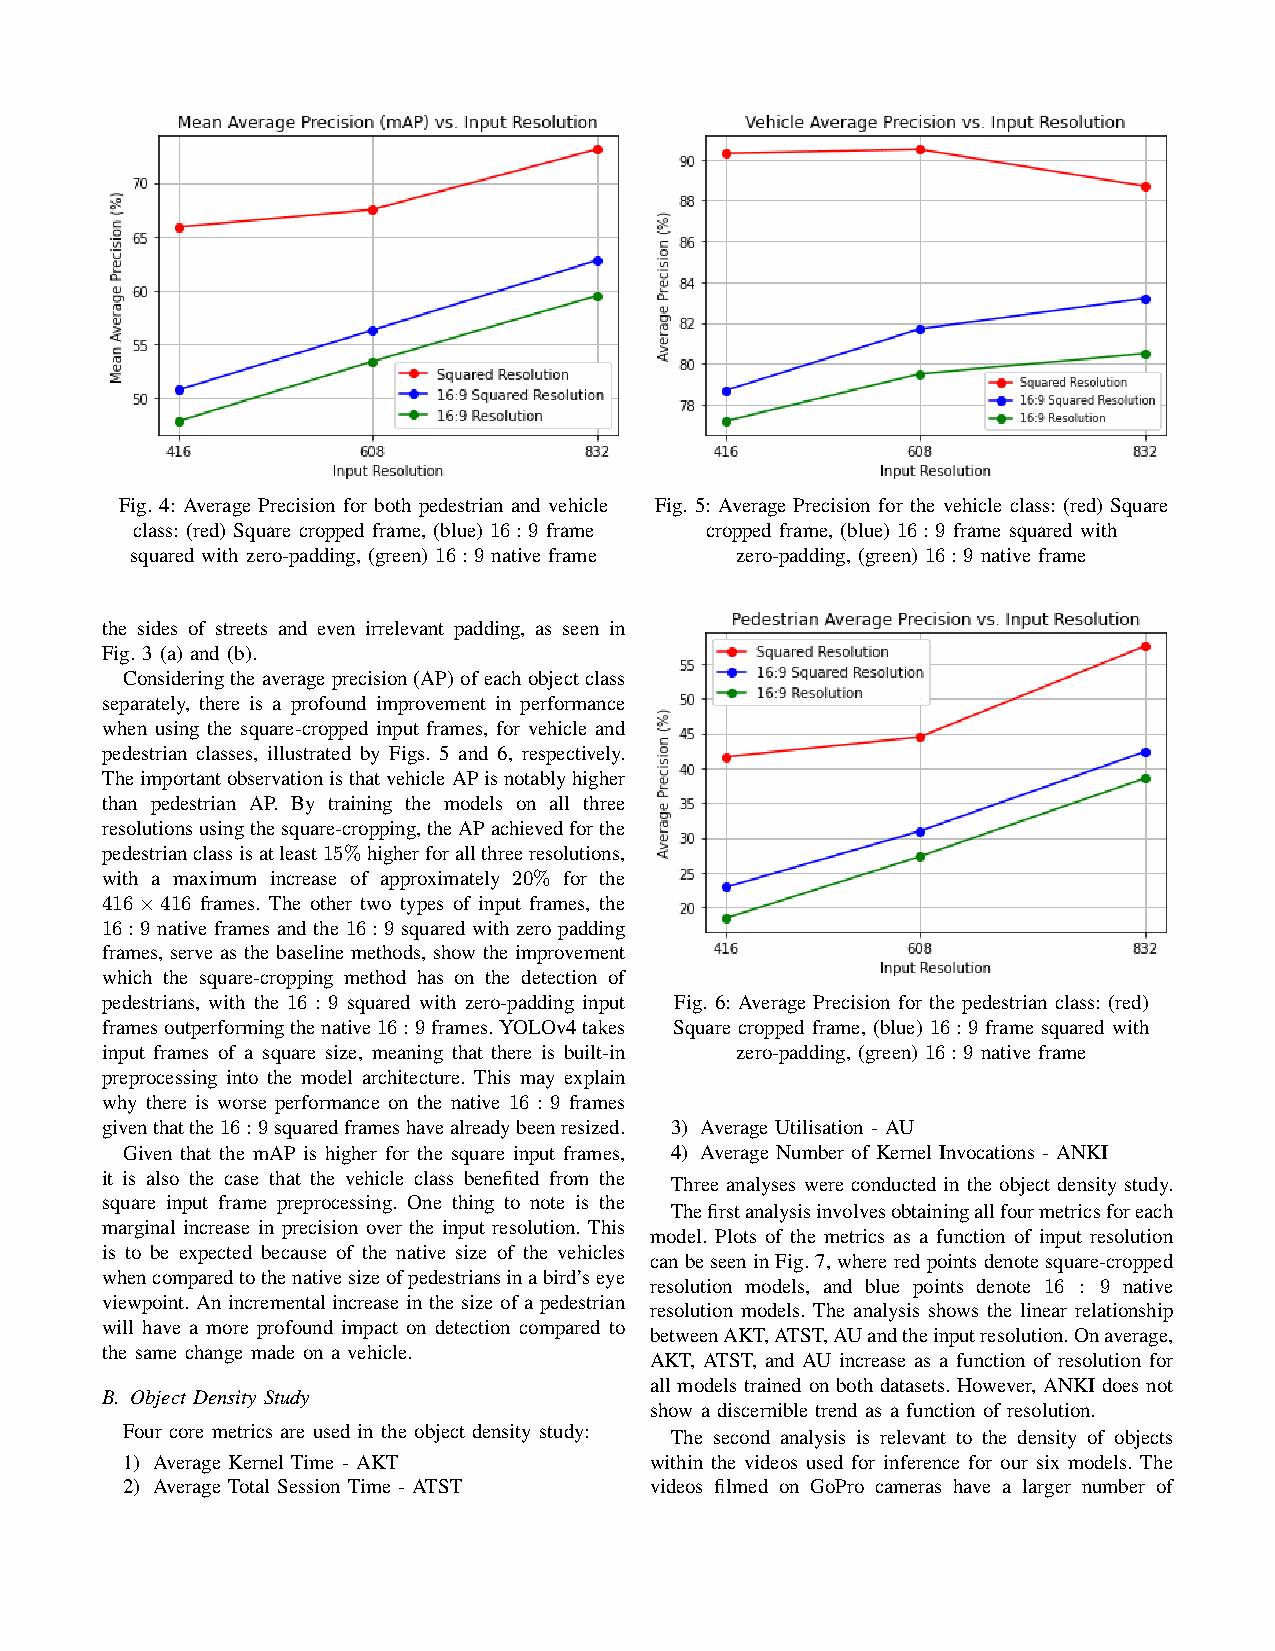
Fig. 4: Average Precision for both pedestrian and vehicle Fig. 5: Average Precision for the vehicle class: (red) Square
 class: (red) Square cropped frame, (blue) 16:9 frame cropped frame, (blue) 16:9 frame squared with
 squared with zero-padding, (green) 16:9 native frame zero-padding, (green) 16:9 native frame
 the sides of streets and even irrelevant padding, as seen in
 Fig. 3 (a) and (b).
 Consideringtheaverageprecision(AP)ofeachobjectclass
 separately, there is a profound improvement in performance
 when using the square-cropped input frames, for vehicle and
 pedestrian classes, illustrated by Figs. 5 and 6, respectively.
 TheimportantobservationisthatvehicleAPisnotablyhigher
 than pedestrian AP. By training the models on all three
 resolutionsusingthesquare-cropping,theAPachievedforthe
 pedestrianclassisatleast15%higherforallthreeresolutions,
 with a maximum increase of approximately 20% for the
 416×416 frames. The other two types of input frames, the
 16:9 native frames and the 16:9 squared with zero padding
 frames, serve as the baseline methods, show the improvement
 which the square-cropping method has on the detection of
 pedestrians, with the 16 : 9 squared with zero-padding input Fig. 6: Average Precision for the pedestrian class: (red)
 framesoutperformingthenative16:9frames.YOLOv4takes Square cropped frame, (blue) 16:9 frame squared with
 input frames of a square size, meaning that there is built-in zero-padding, (green) 16:9 native frame
 preprocessing into the model architecture. This may explain
 why there is worse performance on the native 16 : 9 frames
 giventhatthe16:9squaredframeshavealreadybeenresized. 3) Average Utilisation - AU
 Given that the mAP is higher for the square input frames, 4) Average Number of Kernel Invocations - ANKI
 it is also the case that the vehicle class benefited from the
 Three analyses were conducted in the object density study.
 square input frame preprocessing. One thing to note is the
 Thefirstanalysisinvolvesobtainingallfourmetricsforeach
 marginal increase in precision over the input resolution. This
 model. Plots of the metrics as a function of input resolution
 is to be expected because of the native size of the vehicles
 canbeseeninFig.7,whereredpointsdenotesquare-cropped
 whencomparedtothenativesizeofpedestriansinabird’seye
 resolution models, and blue points denote 16 : 9 native
 viewpoint. An incremental increase in the size of a pedestrian
 resolution models. The analysis shows the linear relationship
 will have a more profound impact on detection compared to
 betweenAKT,ATST,AUandtheinputresolution.Onaverage,
 the same change made on a vehicle.
 AKT, ATST, and AU increase as a function of resolution for
 all models trained on both datasets. However, ANKI does not
 B. Object Density Study
 show a discernible trend as a function of resolution.
 Four core metrics are used in the object density study: The second analysis is relevant to the density of objects
 1) Average Kernel Time - AKT       within the videos used for inference for our six models. The
 2) Average Total Session Time - ATST videos filmed on GoPro cameras have a larger number of